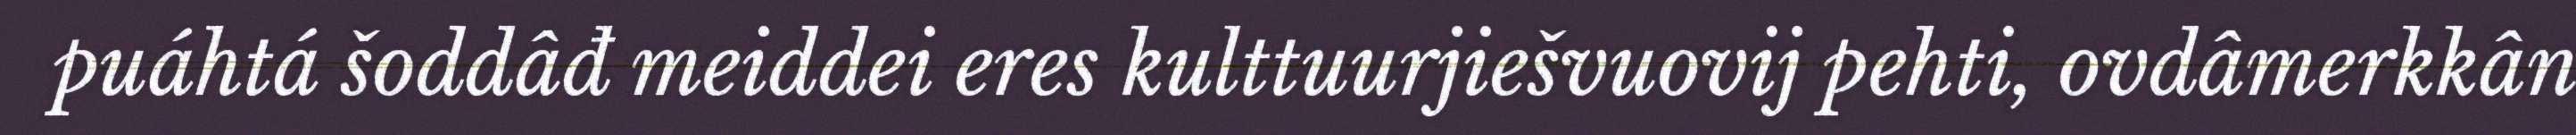
puáhtá šoddâđ meiddei eres kulttuurjiešvuovij pehti, ovdâmerkkân